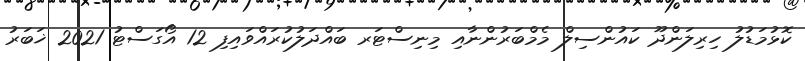
ކޮޅުމަޑުލު ހިރިލަންދޫ ކައުންސިލް މެމްބަރުންނާއި މިނިސްޓަރ ބައްދަލުކުރައްވައިފި 12 އޯގަސްޓު 2021 ޚަބަރު